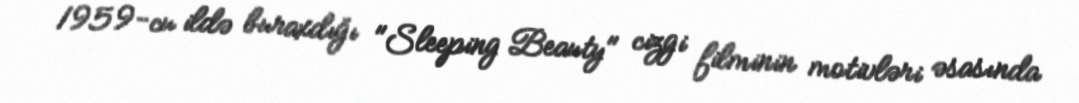
1959-cu ildə buraxdığı "Sleeping Beauty" cizgi filminin motivləri əsasında